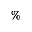
\%